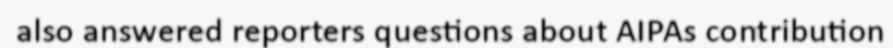
also answered reporters questions about AIPAs contribution